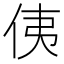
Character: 侇